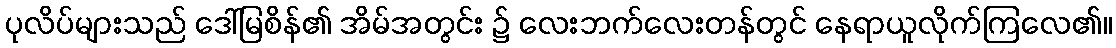
ပုလိပ်များသည် ဒေါ်မြစိန်၏ အိမ်အတွင်း ၌ လေးဘက်လေးတန်တွင် နေရာယူလိုက်ကြလေ၏။